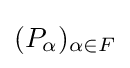
({P}_{\alpha })_{\alpha \in F}